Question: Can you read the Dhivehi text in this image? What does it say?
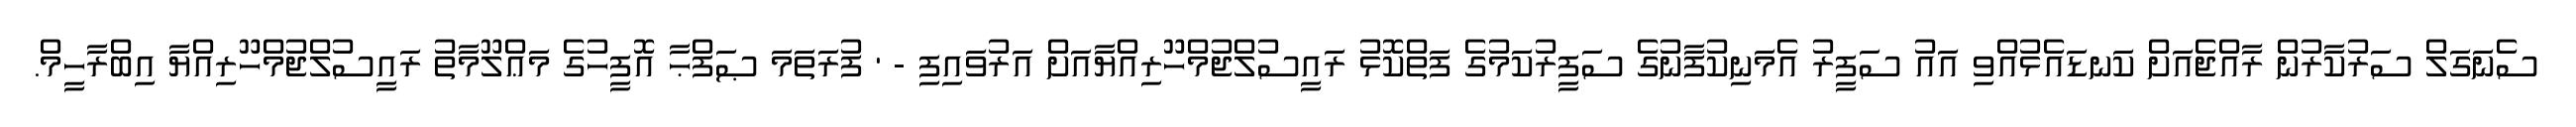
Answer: ސެނަގަލް ސަރުކާރުން ރާއްޖެއަށް ކަނޑައެޅުއްވި އައު ސަފީރު އެމަނިކުފާނުގެ ސަފީރުކަމުގެ ފަތްކޮޅު ރައީސުލްޖުމްހޫރިއްޔާއަށް އަރުވައިފި - ' ފުރަތަމަ ޞަފްޙާ އޮފީހުގެ މަޢްލޫމާތު ރައީސުލްޖުމްހޫރިއްޔާ އިބްރާހީމް.